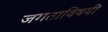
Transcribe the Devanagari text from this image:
जगताविषयी